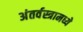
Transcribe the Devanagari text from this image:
अंतर्वस्त्रामध्ये